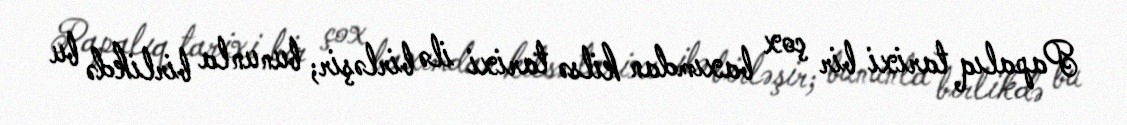
Papalıq tarixi bir çox baxımdan kilsə tarixi ilə birləşir; bununla birlikdə bu